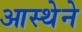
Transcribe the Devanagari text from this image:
आस्‍थेने